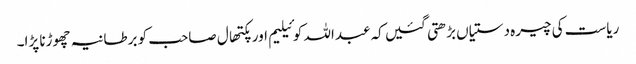
ریاست کی چیرہ دستیاں بڑھتی گئیں کہ عبداللہ کوئیلیم اور پکتھال صاحب کو برطانیہ چھوڑنا پڑا۔